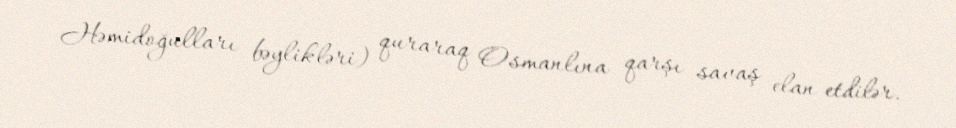
Həmidoğulları bəylikləri) quraraq Osmanlına qarşı savaş elan etdilər.